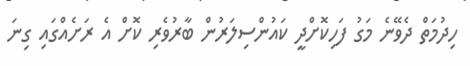
ހިދުމަތް ދެވޭނެ މަގު ފަހިކޮށްދީ ކައުންސިލަރުން ބާރުވެރި ކޮށް އެ ރަށެއްގައި ގިނަ